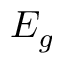
E _ { g }